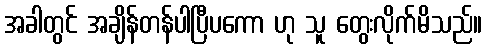
အခါတွင် အချိန်တန်ပါပြီပကော ဟု သူ တွေးလိုက်မိသည်။